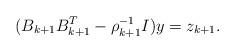
LaTeX: \begin{align*} (B_{k+1}B_{k+1}^{T}-\rho_{k+1}^{-1}I) y = z_{k+1}.\end{align*}